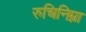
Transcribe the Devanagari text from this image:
रुचिनिम्ना